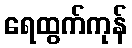
ရေထွက်ကုန်